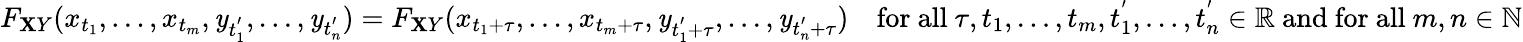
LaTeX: F_{\mathbf{X}Y}(x_{t_{1}},\ldots,x_{t_{m}},\mathit{y}_{t_{1}^{'}},\ldots,\mathit{y}_{t_{n}^{'}})=F_{\mathbf{X}Y}(x_{t_{1}+\tau},\ldots,x_{t_{m}+\tau},\mathit{y}_{t_{1}^{'}+\tau},\ldots,\mathit{y}_{t_{n}^{'}+\tau})\quad{\mathrm{{for~all~}}}\tau,t_{1},\ldots,t_{m},t_{1}^{'},\ldots,t_{n}^{'}\in\mathbb{{R}}{\mathrm{{~and~for~all~}}}m,n\in\mathbb{{N}}